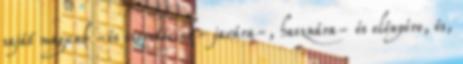
saját magunk -és szeretteink- javára-, hasznára- és előnyére, és,